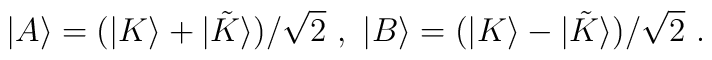
|A\rangle = (|K\rangle + |{\tilde K}\rangle )/\sqrt{2}\ , \ |B\rangle = (|K\rangle - |{\tilde K}\rangle )/\sqrt{2}\ .